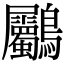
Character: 𪈺